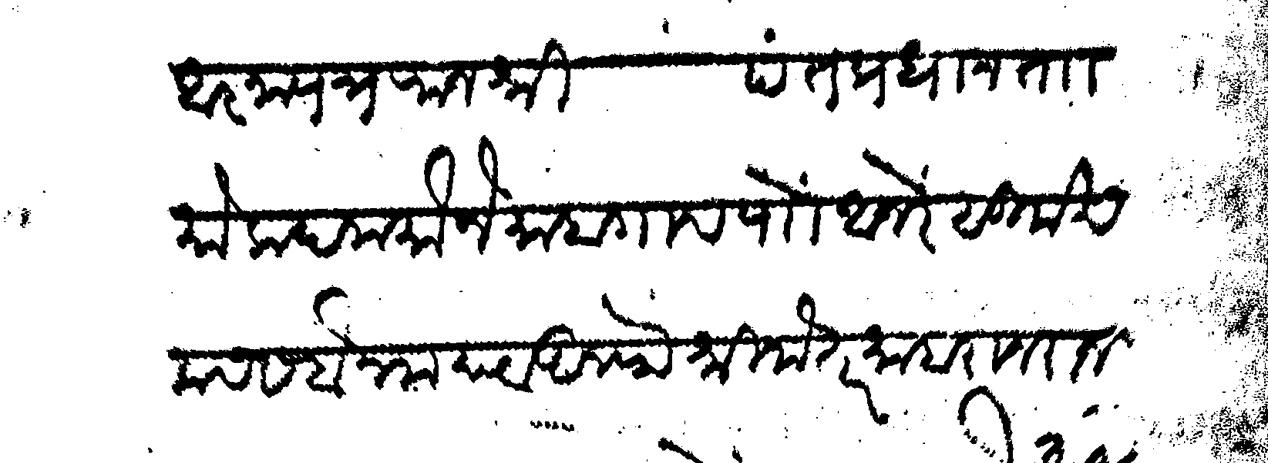
Transliteration (Devanagari): आज्ञापत्र राजश्री पंतप्रधान ता मोकदम मौजे माहागाव पाो आजरे सु खमस सबैन मया व अलफ श्रीमंत माहाराज राज